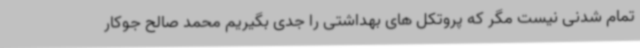
تمام شدنی نیست مگر که پروتکل های بهداشتی را جدی بگیریم محمد صالح جوکار